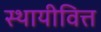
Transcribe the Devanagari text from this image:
स्थायीवित्त